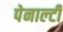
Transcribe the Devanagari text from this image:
पेनाल्‍टी